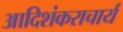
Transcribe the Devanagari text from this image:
आदिशंकराचार्य